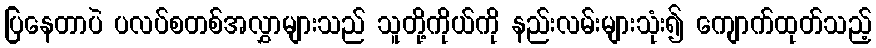
ပြနေတာပဲ ပလပ်စတစ်အလွှာများသည် သူတို့ကိုယ်ကို နည်းလမ်းများသုံး၍ ကျောက်ထုတ်သည့်